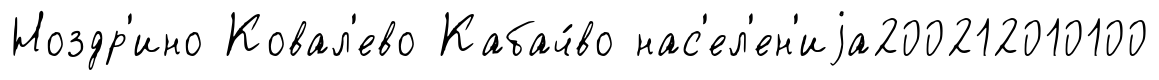
Ноздр'ино Ковал'ево Кабач́во нас'ел'ен'иjа200212010100